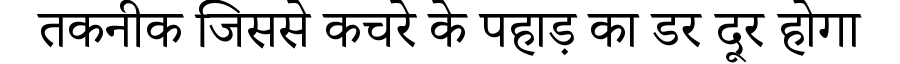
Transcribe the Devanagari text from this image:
तकनीक जिससे कचरे के पहाड़ का डर दूर होगा